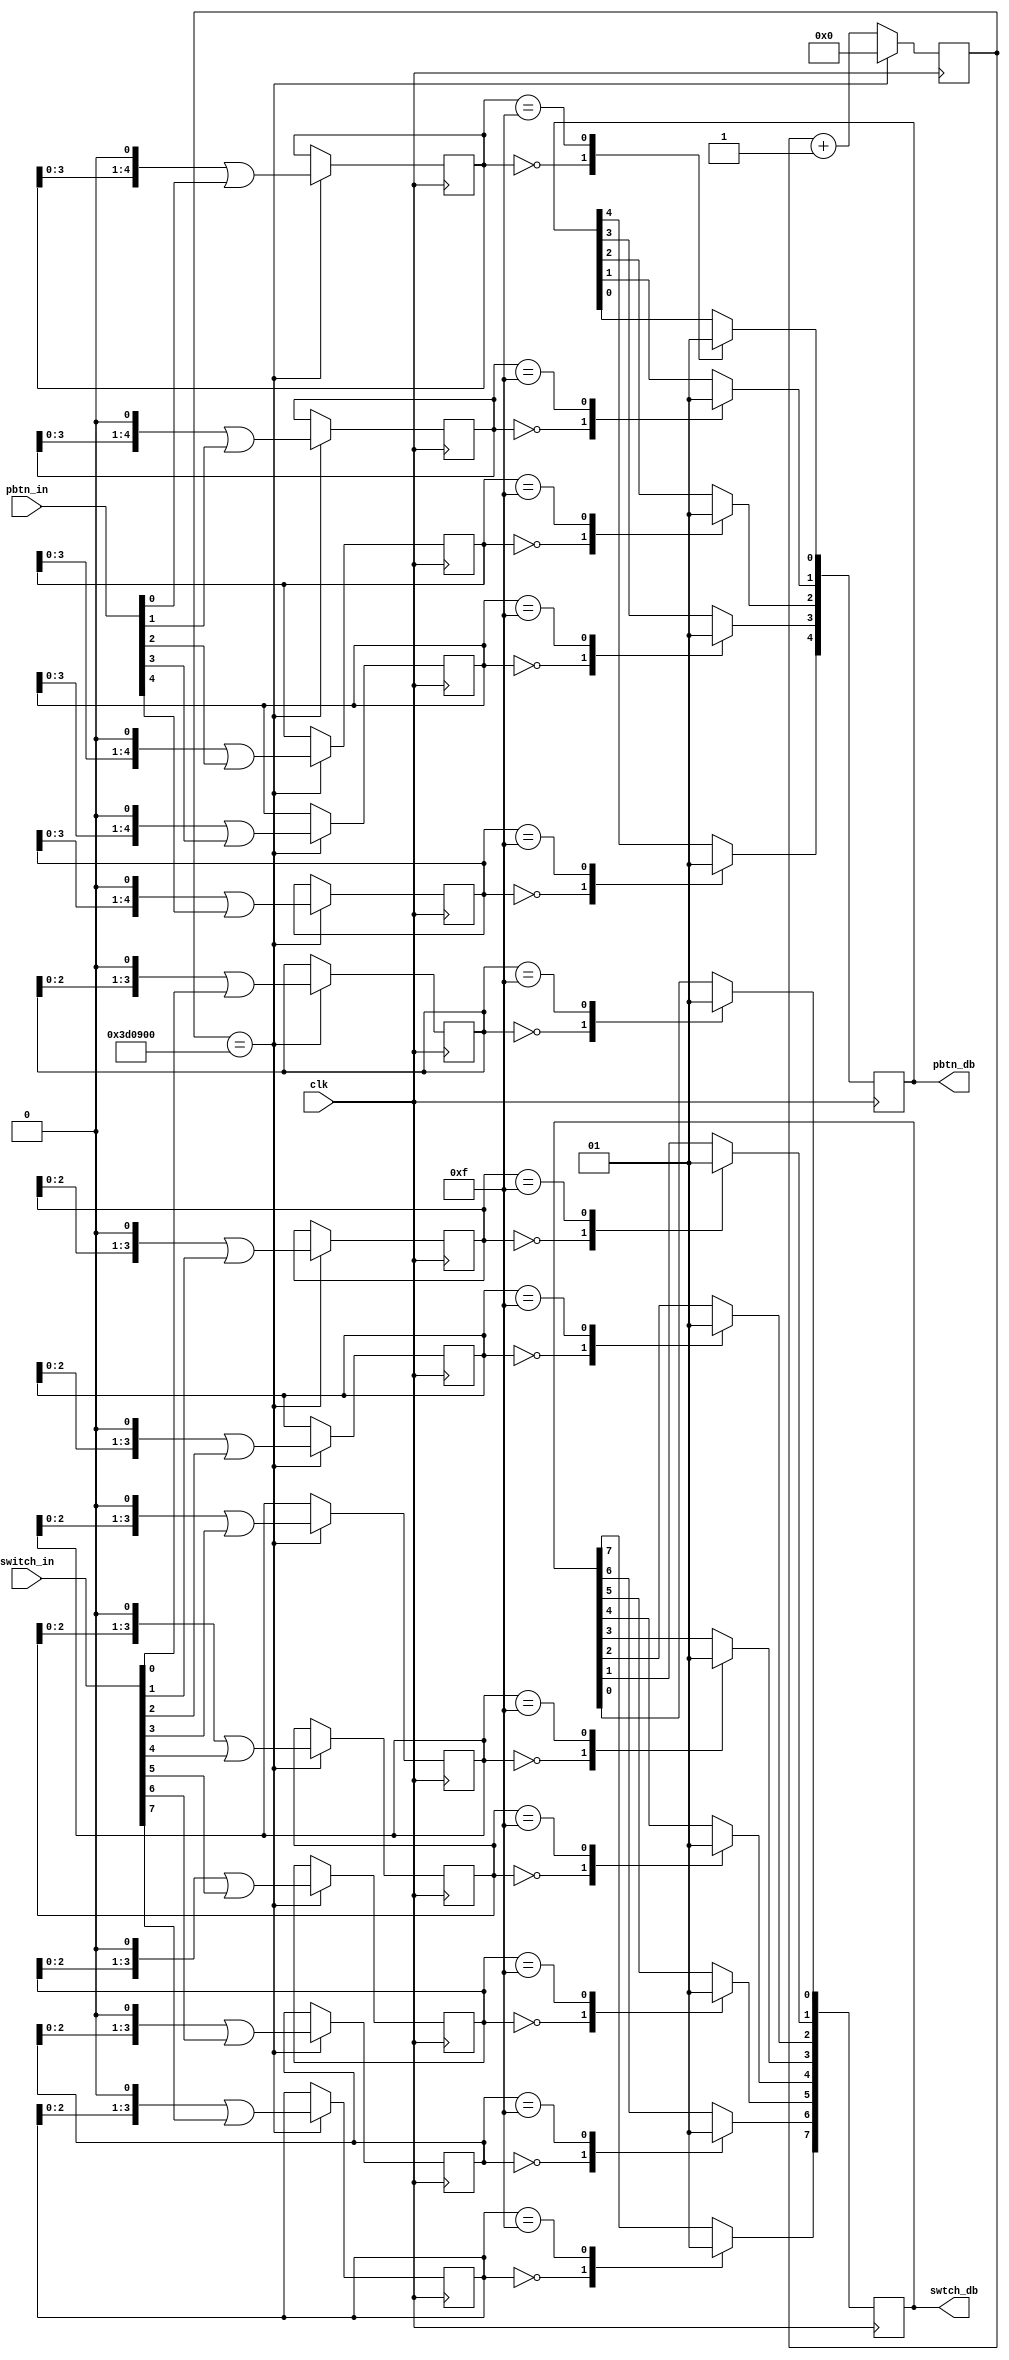
//	debounce.v - debounces Nexys 3 pushbuttons and switches
//
//	Version:		2.0
//	Last Modified:	24-Oct-12
//	
//	Revision History:
//	-----------------
//	01-Jan-07		RK		Created this module
//	24-Oct-12		RK		Modified for kcpsm6 and Nexys3
//
//	Description
//	-----------
//	This circuit filters out mechanical bounce. It works by taking
//	several time samples of the pushbutton and changing its output
//	only after several sequential samples are the same value
//////////

module debounce (
	//inputs
	input					clk,			// clock	
	input 		[4:0]		pbtn_in,		// pushbutton inputs
	input 		[7:0]		switch_in,		// slider switch inputs
	
	//outputs
	output reg	[4:0]	pbtn_db  = 5'h0, 	// debounced outputs of pushbuttons	
	output reg	[7:0]	swtch_db = 8'h0		//debounced outputs of slider switches
);
	 parameter simulate = 0;
    localparam debounce_cnt = simulate ? 22'd5          // debounce clock when simulating
                                       : 22'd4_000_000; // debounce count when running on HW

	//shift registers used to debounce switches and buttons	
	reg [21:0]	db_count = 22'h0;	//counter for debouncer
	reg [4:0]	shift_pb0 = 5'h0, shift_pb1 = 5'h0, shift_pb2 = 5'h0, shift_pb3 = 5'h0, shift_pb4 = 5'h0;
	reg [3:0]	shift_swtch0 = 4'h0, shift_swtch1 = 4'h0, shift_swtch2 = 4'h0, shift_swtch3 = 4'h0;	
    reg [3:0]	shift_swtch4 = 4'h0, shift_swtch5 = 4'h0, shift_swtch6 = 4'h0, shift_swtch7 = 4'h0;
			
	// debounce clock
	always @(posedge clk)
	begin 
		if (db_count == debounce_cnt)
			db_count <= 1'b0;	//takes 40mS to reach 4,000,000
		else
			db_count <= db_count + 1'b1;
	end
	
	always @(posedge clk) 
	begin
		if (db_count == debounce_cnt) begin	//sample every 40mS
			//shift registers for pushbuttons
			shift_pb0	<= (shift_pb0 << 1) | pbtn_in[0];		
			shift_pb1	<= (shift_pb1 << 1) | pbtn_in[1];		
			shift_pb2	<= (shift_pb2 << 1) | pbtn_in[2];		
			shift_pb3	<= (shift_pb3 << 1) | pbtn_in[3];
			shift_pb4 	<= (shift_pb4 << 1) | pbtn_in[4]; 
			
			//shift registers for slider switches
			shift_swtch0 <= (shift_swtch0 << 1) | switch_in[0];
			shift_swtch1 <= (shift_swtch1 << 1) | switch_in[1];
			shift_swtch2 <= (shift_swtch2 << 1) | switch_in[2];
			shift_swtch3 <= (shift_swtch3 << 1) | switch_in[3];
			shift_swtch4 <= (shift_swtch4 << 1) | switch_in[4];
			shift_swtch5 <= (shift_swtch5 << 1) | switch_in[5];
			shift_swtch6 <= (shift_swtch6 << 1) | switch_in[6];
			shift_swtch7 <= (shift_swtch7 << 1) | switch_in[7];
		end
		
		//debounced pushbutton outputs
		case(shift_pb0) 4'b0000: pbtn_db[0] <= 0; 4'b1111: pbtn_db[0] <= 1; endcase
		case(shift_pb1) 4'b0000: pbtn_db[1] <= 0; 4'b1111: pbtn_db[1] <= 1; endcase
		case(shift_pb2) 4'b0000: pbtn_db[2] <= 0; 4'b1111: pbtn_db[2] <= 1; endcase
		case(shift_pb3) 4'b0000: pbtn_db[3] <= 0; 4'b1111: pbtn_db[3] <= 1; endcase
		case(shift_pb4) 4'b0000: pbtn_db[4] <= 0; 4'b1111: pbtn_db[4] <= 1; endcase
		
		//debounced slider switch outputs
		case(shift_swtch0) 4'b0000: swtch_db[0] <= 0;  4'b1111: swtch_db[0] <= 1; endcase
		case(shift_swtch1) 4'b0000: swtch_db[1] <= 0;  4'b1111: swtch_db[1] <= 1; endcase
		case(shift_swtch2) 4'b0000: swtch_db[2] <= 0;  4'b1111: swtch_db[2] <= 1; endcase
		case(shift_swtch3) 4'b0000: swtch_db[3] <= 0;  4'b1111: swtch_db[3] <= 1; endcase	
		case(shift_swtch4) 4'b0000: swtch_db[4] <= 0;  4'b1111: swtch_db[4] <= 1; endcase
		case(shift_swtch5) 4'b0000: swtch_db[5] <= 0;  4'b1111: swtch_db[5] <= 1; endcase
		case(shift_swtch6) 4'b0000: swtch_db[6] <= 0;  4'b1111: swtch_db[6] <= 1; endcase
		case(shift_swtch7) 4'b0000: swtch_db[7] <= 0;  4'b1111: swtch_db[7] <= 1; endcase
	end
	
endmodule